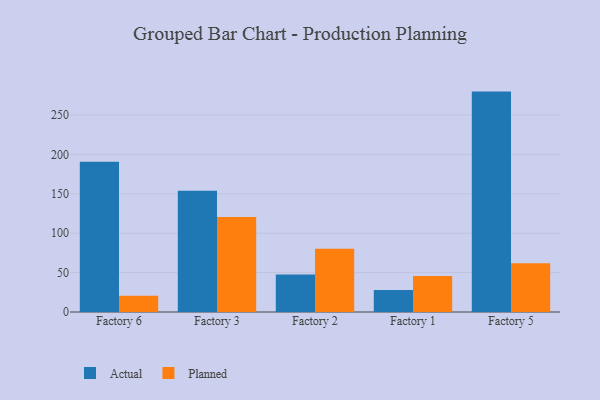
{"axis": {"x": "Factory", "y": "Conversion Rate (%)"}, "legend": ["Actual", "Planned"], "data": [{"x": "Factory 6", "y": 190.6, "type": "Actual"}, {"x": "Factory 6", "y": 20.7, "type": "Planned"}, {"x": "Factory 3", "y": 153.8, "type": "Actual"}, {"x": "Factory 3", "y": 120.4, "type": "Planned"}, {"x": "Factory 2", "y": 47.5, "type": "Actual"}, {"x": "Factory 2", "y": 80.1, "type": "Planned"}, {"x": "Factory 1", "y": 27.8, "type": "Actual"}, {"x": "Factory 1", "y": 45.8, "type": "Planned"}, {"x": "Factory 5", "y": 279.6, "type": "Actual"}, {"x": "Factory 5", "y": 61.7, "type": "Planned"}]}